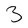
Character: 3